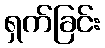
ရှက်ခြင်း